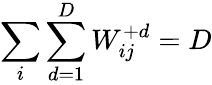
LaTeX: \sum_{i}\sum_{d=1}^{D}W_{ij}^{+d}=D